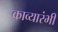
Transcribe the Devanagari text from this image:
काव्यारंभी